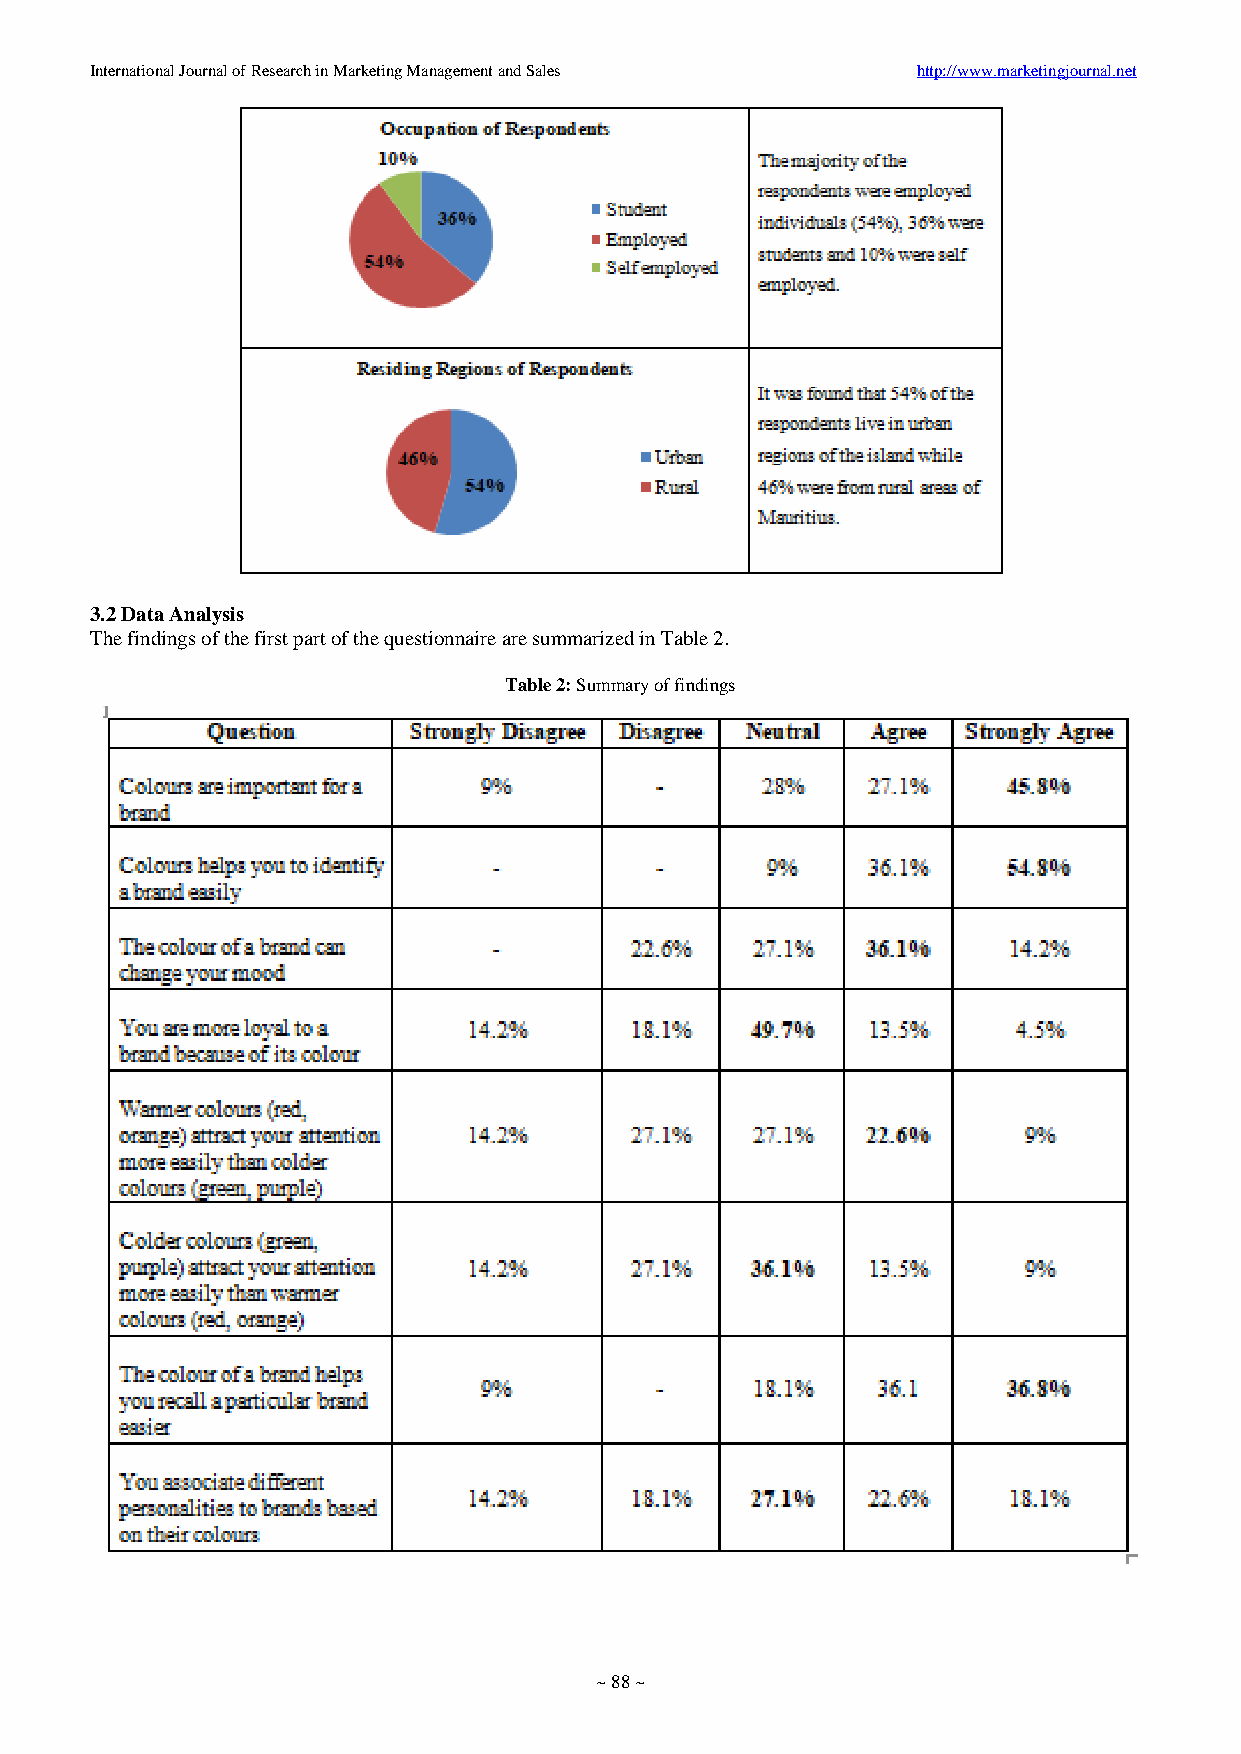
International Journal of Research in Marketing Management and Sales http://www.marketingjournal.net
 3.2 Data Analysis
 The findings of the first part of the questionnaire are summarized in Table 2.
 Table 2: Summary of findings
 ~ 88 ~